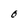
Character: O